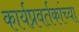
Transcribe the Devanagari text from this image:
कार्यप्रवर्तकांच्या